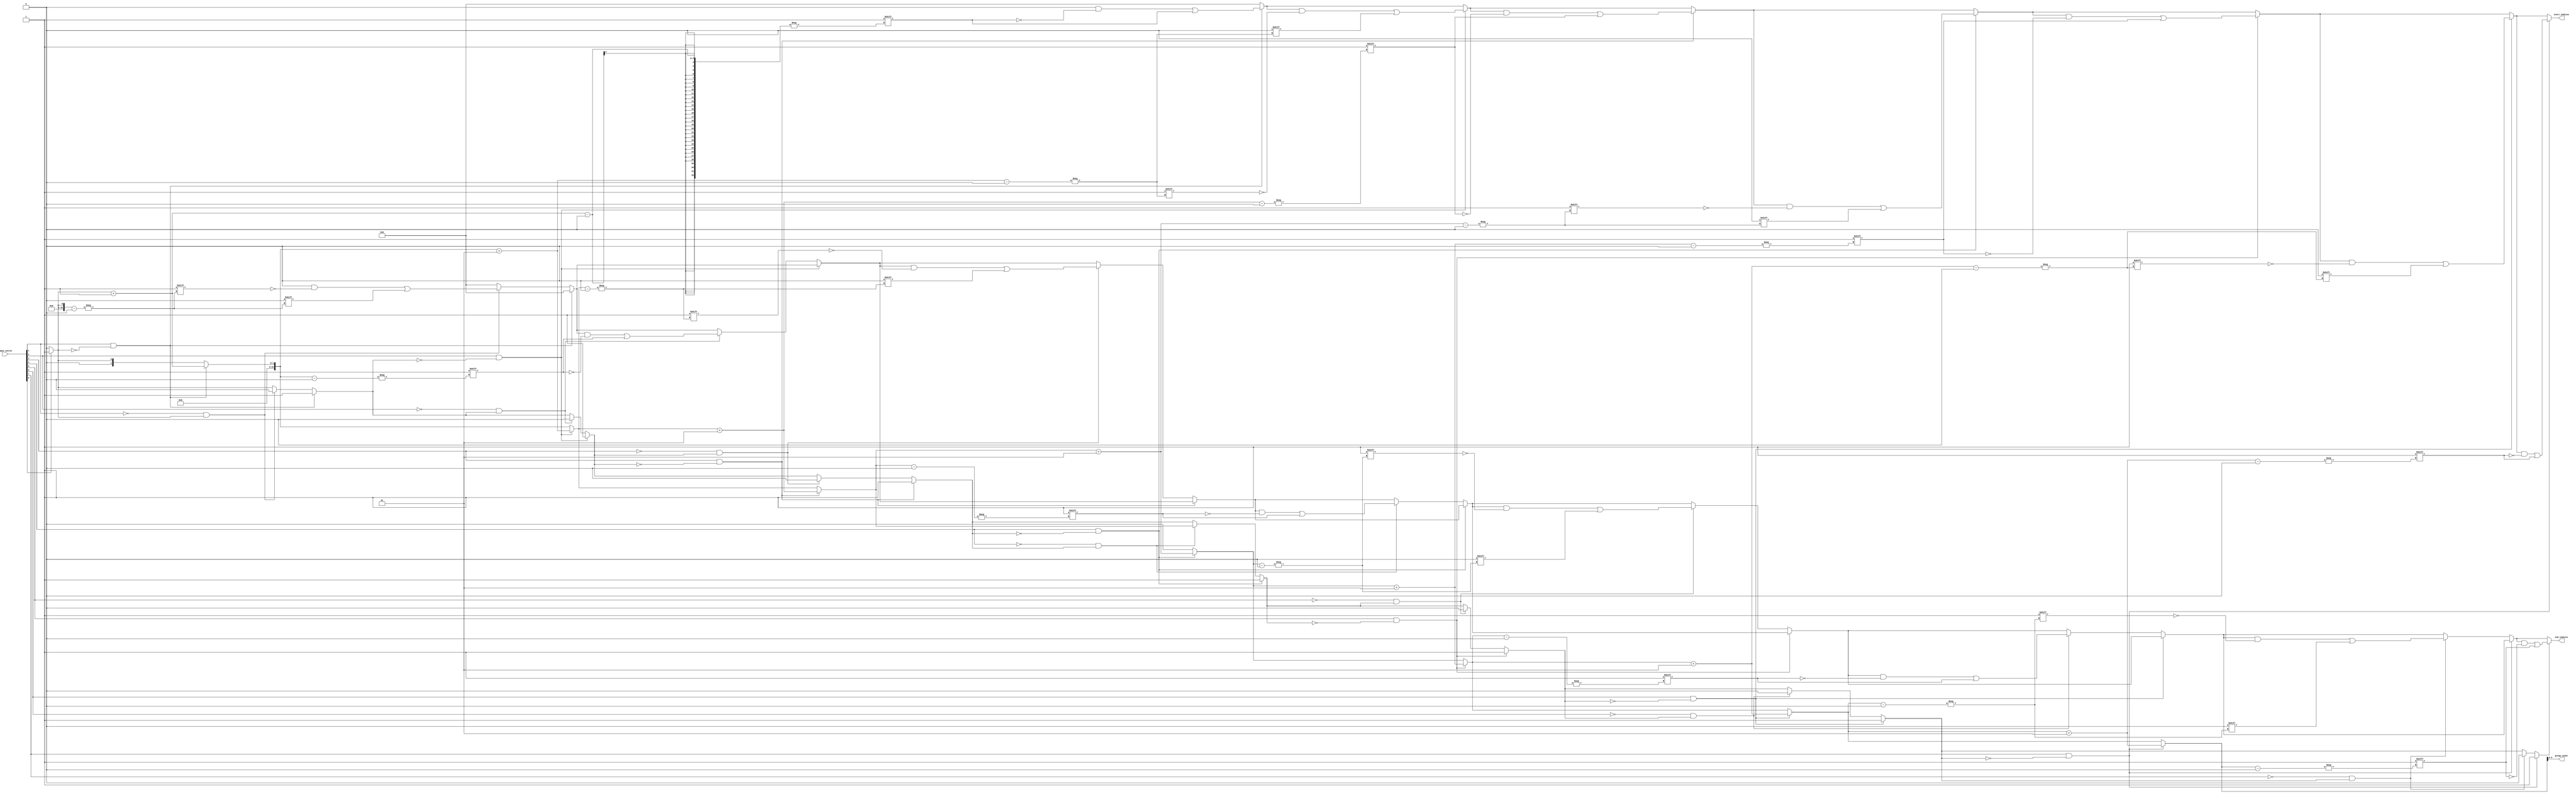
module GroupingOfOnes (
    input  wire [n-1:0] input_vector,
    output reg  [n-1:0] start_indices,   // Store start indices of groups
    output reg  [n-1:0] end_indices,     // Store end indices of groups
    output reg  [3:0] group_count        // Count of groups (assumes max 15 groups)
);
    parameter n = 8; // Adjust the size of the input vector

    integer i;
    reg in_group; // To track if we are currently in a group of 1s
    integer count; // To count the groups
    
    always @* begin
        // Initialize output values
        start_indices = 0;
        end_indices = 0;
        group_count = 0;
        in_group = 0;
        count = 0;

        for(i = 0; i < n; i = i + 1) begin
            if (input_vector[i] == 1 && !in_group) begin
                // Start of a new group
                count = count + 1;
                start_indices[count] = i;
                in_group = 1; // Set flag that we are in a group
            end else if (input_vector[i] == 0 && in_group) begin
                // End of the current group
                end_indices[count] = i - 1;
                in_group = 0; // Reset flag
            end
        end

        // Check if we ended the last group before the end of vector
        if (in_group) begin
            end_indices[count] = n - 1; // End the last group at the MSB
        end

        // Assign the group count
        group_count = count;
    end
endmodule